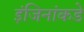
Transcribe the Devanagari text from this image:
इंजिनांकडे